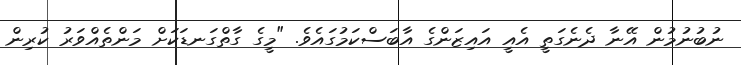
ނުބުނުމުން އޭނާ ދެނެގަތީ އެއީ އައިޒަންގެ އާބަސްކަމުގައެވެ. "މީގެ ގާތްގަނޑަކަށް މަންތެއްވަރު ކުރިން